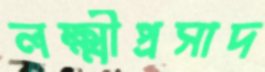
লক্ষ্মীপ্রসাদ